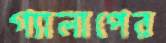
গ্যালাপের